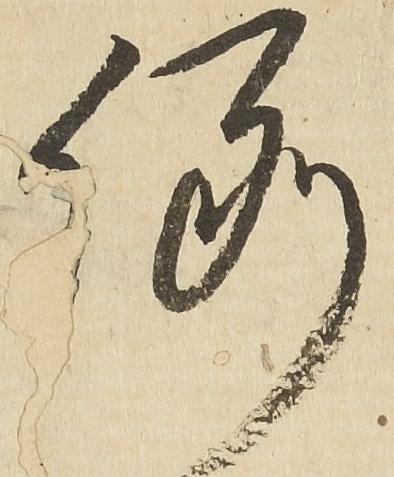
例